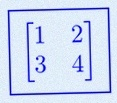
\begin{bmatrix}1&2\\3&4\end{bmatrix}